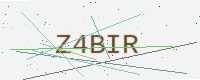
Text: Z4BIR